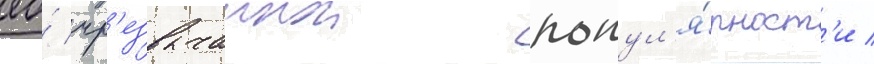
ео́ чр'езвычаинои попул'я́рност'и /